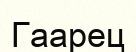
Гаарец